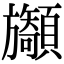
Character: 𩕲